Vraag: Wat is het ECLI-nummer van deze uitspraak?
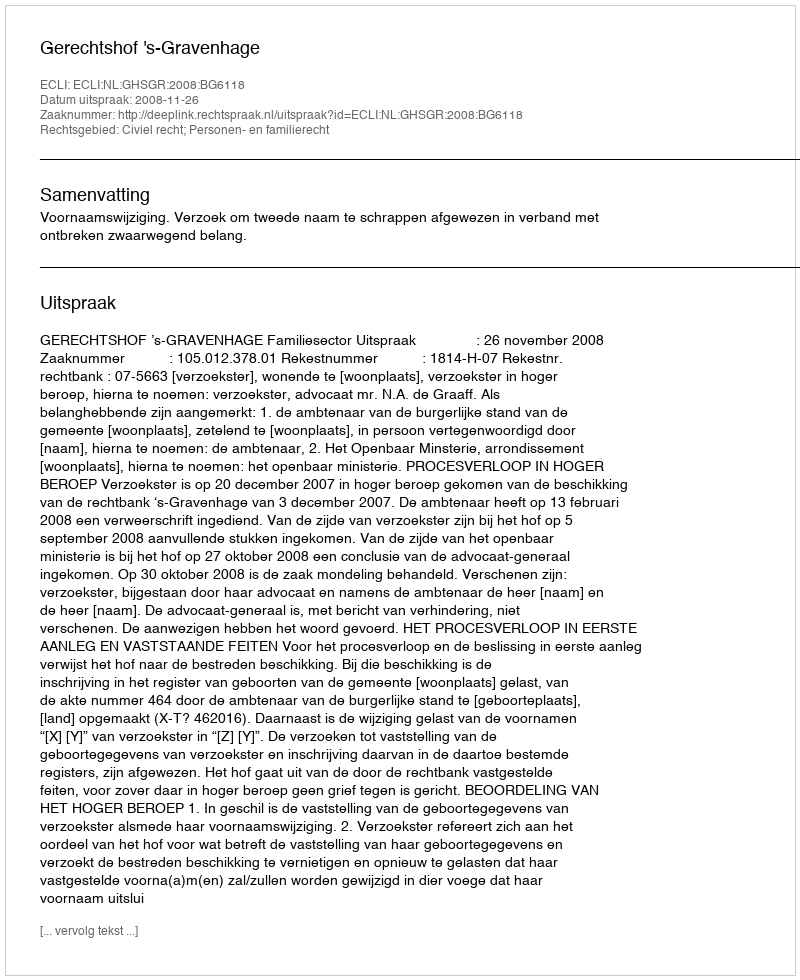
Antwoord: ECLI:NL:GHSGR:2008:BG6118